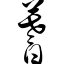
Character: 蓍